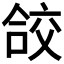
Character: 𭉁